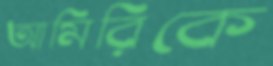
আমিরিকে